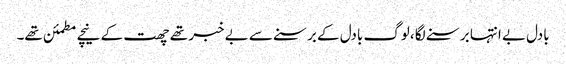
بادل بے انتہا برسنے لگا ،لوگ بادل کے برسنے سے بے خبر تھے چھت کے نیچے مطمئن تھے۔